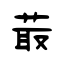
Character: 菆